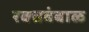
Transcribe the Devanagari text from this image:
रक्‍तबंबाळ